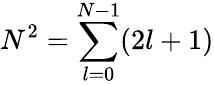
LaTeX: N^{2}=\sum_{l=0}^{N-1}(2l+1)